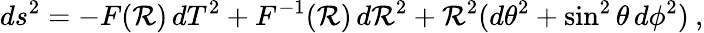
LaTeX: ds^{2}=-F(\mathcal{R})\, dT^{2}+F^{-1}(\mathcal{R})\, d\mathcal{R}^{2}+\mathcal{R}^{2}(d\theta^{2}+\sin^{2}\theta\, d\phi^{2})\: ,